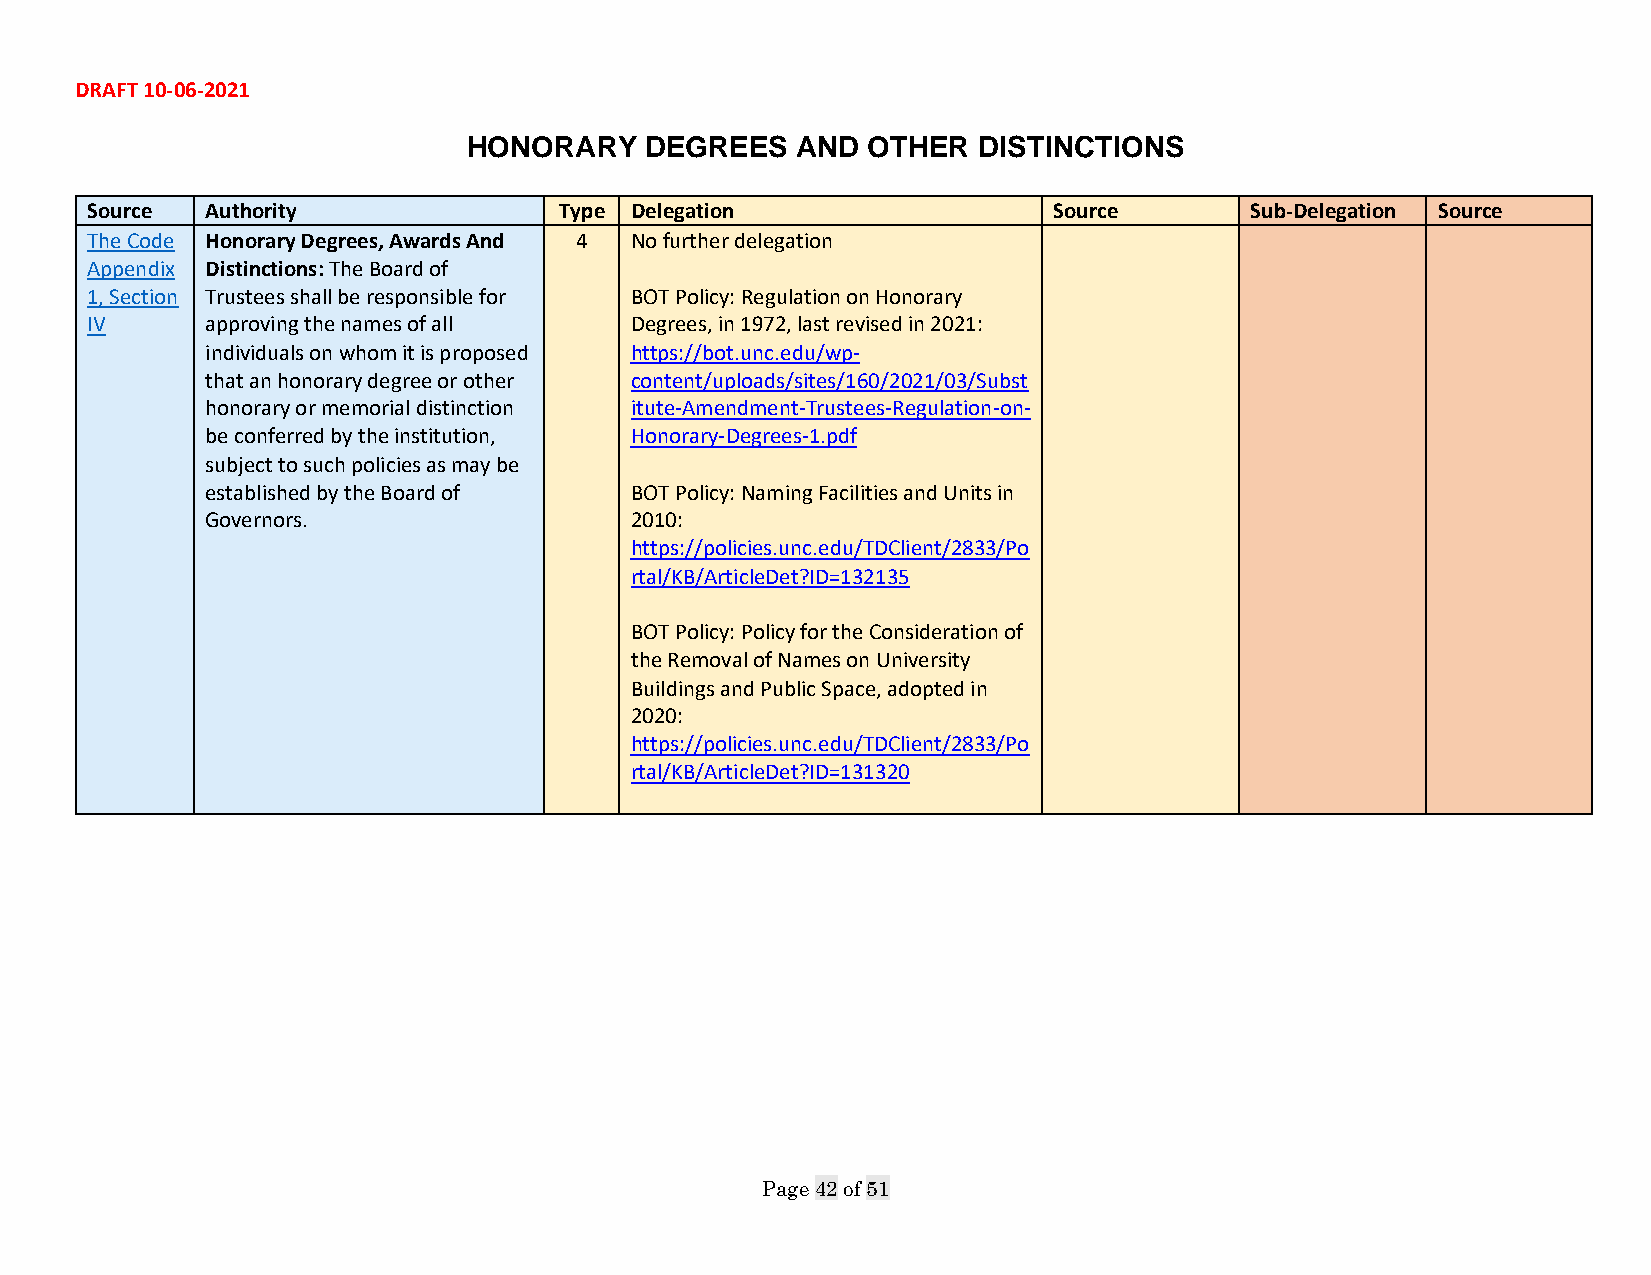
DRAFT 10-06-2021
 HONORARY    DEGREES   AND OTHER   DISTINCTIONS
 Source  Authority              Type Delegation                  Source       Sub-Delegation Source
 The Code Honorary Degrees, Awards And 4 No further delegation
 Appendix Distinctions: The Board of
 1, Section Trustees shall be responsible for BOT Policy: Regulation on Honorary
 IV      approving the names of all  Degrees, in 1972, last revised in 2021:
 individuals on whom it is proposed https://bot.unc.edu/wp-
 that an honorary degree or other content/uploads/sites/160/2021/03/Subst
 honorary or memorial distinction itute-Amendment-Trustees-Regulation-on-
 be conferred by the institution, Honorary-Degrees-1.pdf
 subject to such policies as may be
 established by the Board of BOT Policy: Naming Facilities and Units in
 Governors.                  2010:
 https://policies.unc.edu/TDClient/2833/Po
 rtal/KB/ArticleDet?ID=132135
 BOT Policy: Policy for the Consideration of
 the Removal of Names on University
 Buildings and Public Space, adopted in
 2020:
 https://policies.unc.edu/TDClient/2833/Po
 rtal/KB/ArticleDet?ID=131320
 Page 42 of 51